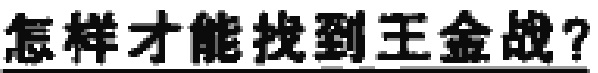
怎样才能找到王金战？